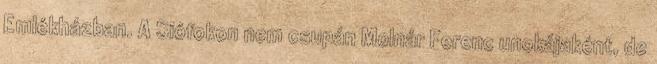
Emlékházban. A Siófokon nem csupán Molnár Ferenc unokájaként, de